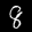
Label: 8